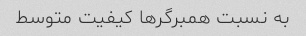
به نسبت همبرگرها کیفیت متوسط